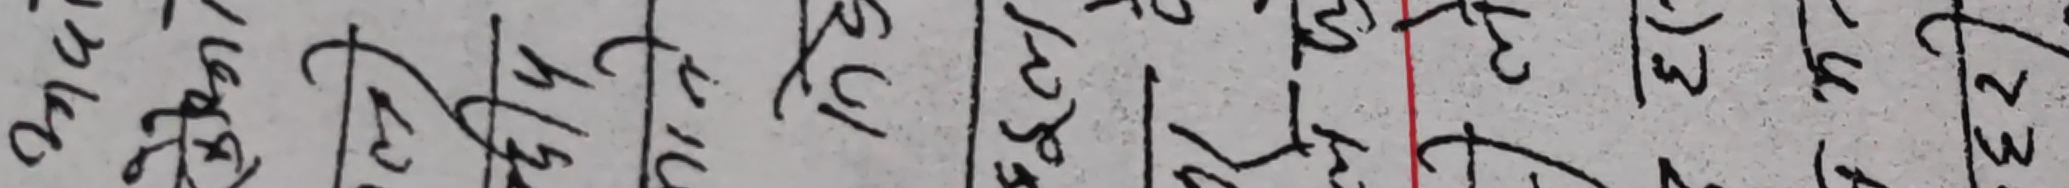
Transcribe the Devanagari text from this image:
२० लग्रे ४/१९ २५/५ १/३० २/३ ५/३ ३/३